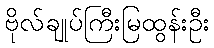
ဗိုလ်ချုပ်ကြီးမြထွန်းဦး